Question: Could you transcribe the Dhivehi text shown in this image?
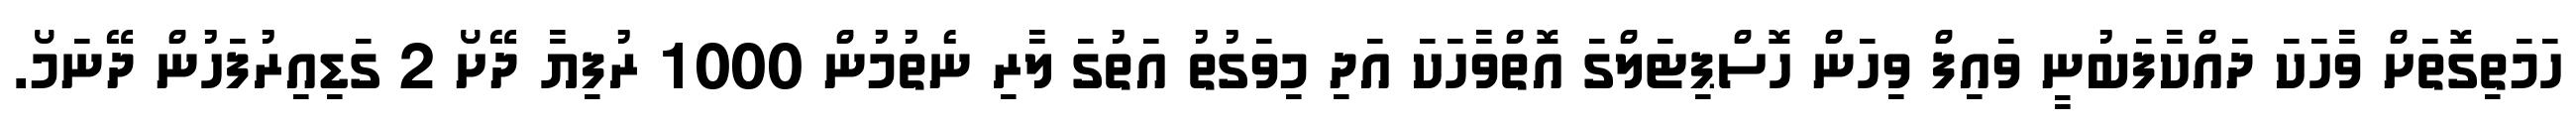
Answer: ހަމަތިގޮތަށް ވާހަކަ ދައްކާފަބުނީ ވައިފް ވިހަން ހޮސްޕިޓަލްގަ އޮތްވާހަކަ އަދި މިވަގުތު އަތުގަ ލާރި ނެތުމުން 1000 ރުފިޔާ ދޭށޯ 2 ގަޑިއިރުފަހުން ދޭނަމޯ.